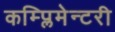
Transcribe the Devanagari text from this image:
कम्प्लिमेन्टरी